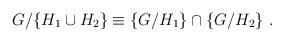
LaTeX: \begin{align*}G/\{H_1 \cup H_2\}\equiv \{G/H_1\} \cap \{G/H_2\}~.~\,\end{align*}